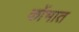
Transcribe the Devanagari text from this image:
कोंभात